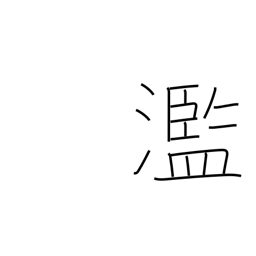
Meaning: excessive